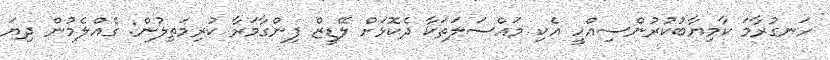
ހަނގުރާމަ ކާމިޔާބުކުރުންސިއްހީ އެކި މައްސަލަތަކާ ދެކޮޅަށް ލޭޑީޒް ފިންގާމަރާ ކުރިމަތިލުން: ގެއްލެމުން ދިޔަ